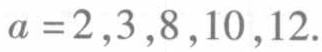
$a = 2,3,8,10,12.$